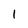
Character: 1